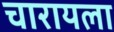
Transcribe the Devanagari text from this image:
चारायला